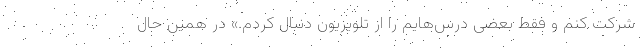
شرکت کنم و فقط بعضی درس‌هایم را از تلویزیون دنبال کردم.» در همین حال